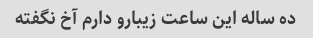
ده ساله این ساعت زیبارو دارم آخ نگفته